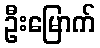
ဦးမြောက်